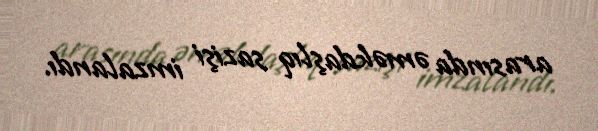
arasında əməkdaşlıq sazişi imzalandı.